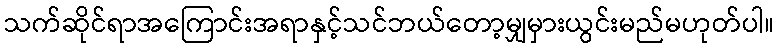
သက်ဆိုင်ရာအကြောင်းအရာနှင့်သင်ဘယ်တော့မျှမှားယွင်းမည်မဟုတ်ပါ။